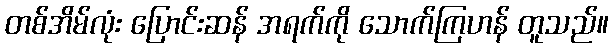
တစ်အိမ်လုံး ပြောင်းဆန် အရက်ကို သောက်ကြဟန် တူသည်။